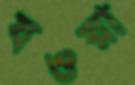
যওয়া